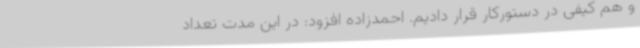
و هم کیفی در دستورکار قرار دادیم. احمدزاده افزود: در این مدت تعداد